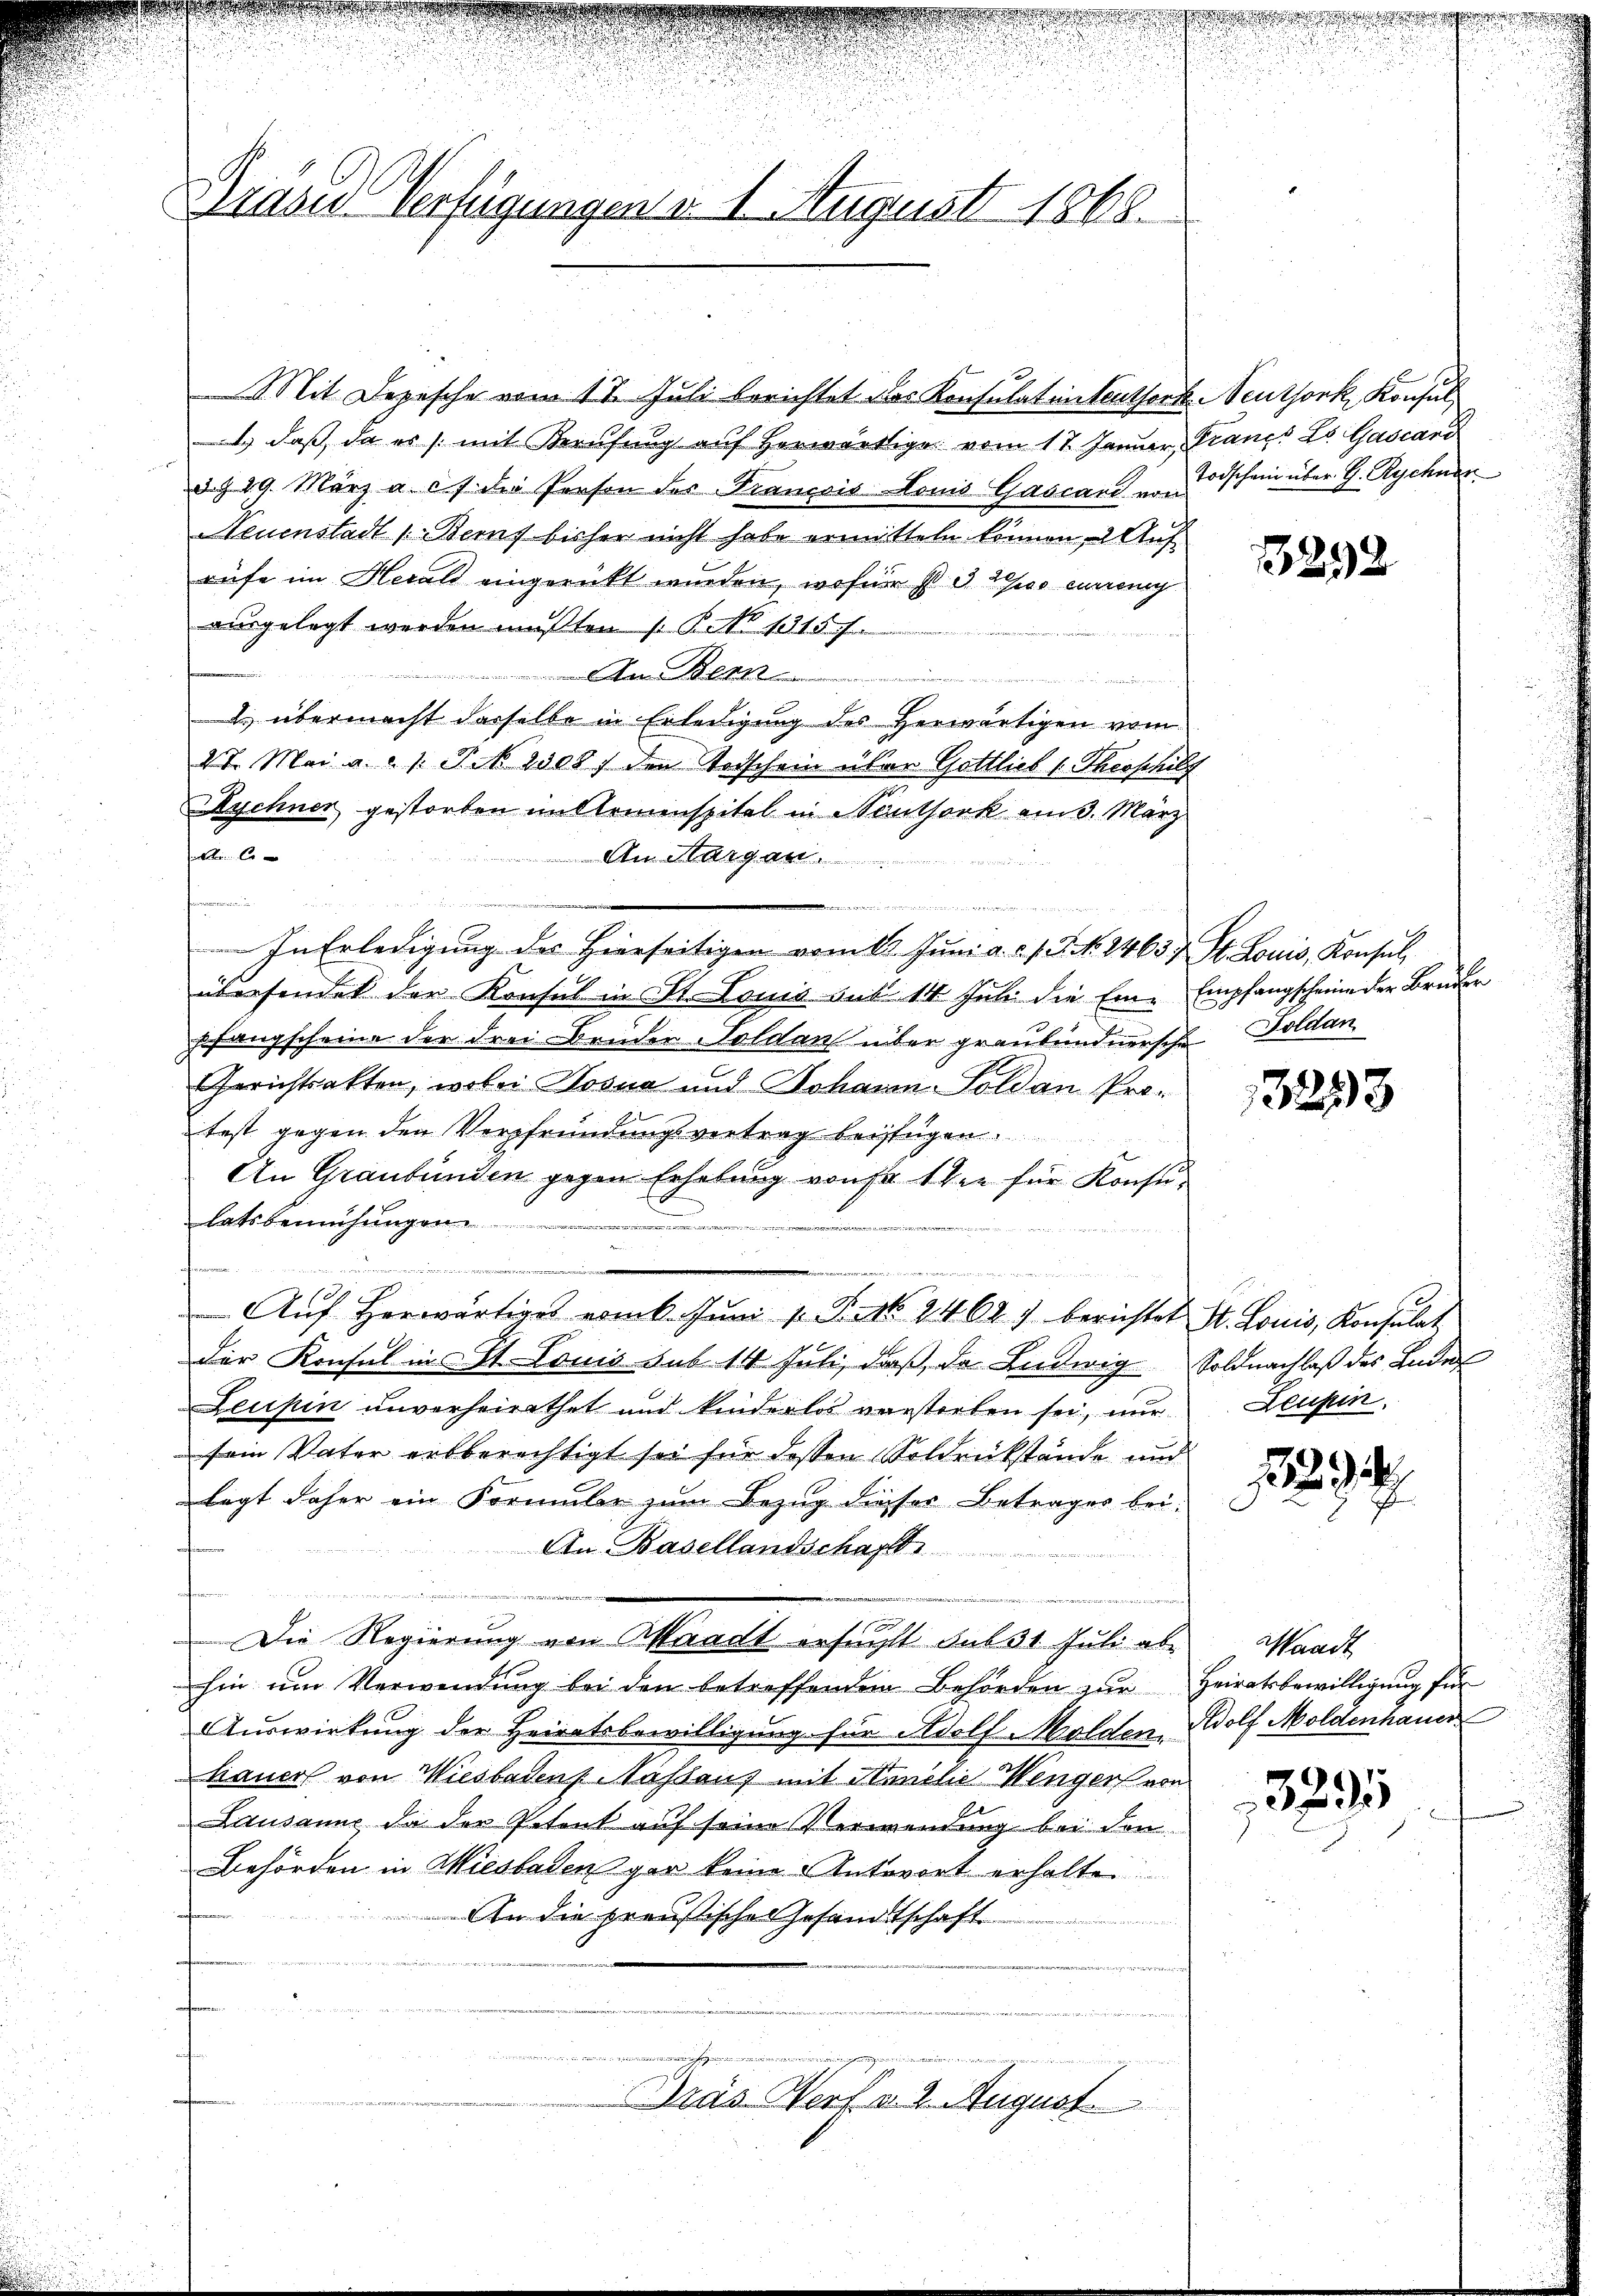
Gräses Verfügungen d. 1. August 1868

Mit Depesche vom 17. Juli berichtet das Konsulation teuthork Neuthork, Konsul
1.) daß, da es mit Berufung auf herwärtige vom 17. Januar, Franzs Ls Gascand
§§ 19. März a. c. die Person der Francois Louis Gascanz, u. schein über G. Rychner
Neuenstadt 1. Beruf bisher nicht habe ermitteln können.  Aufrufe im Herals eingerückt wurden, wofür ist 3 Le curreng
ausgelegt werden mußten (P.No 1315. J
 Am Blen
u
2 übermacht derselbe in Erledigung des Herwärtigen vom
2t. Mai a. a. 1. Frk. 2500 f den Todschein über Gottlieb (Theoshilf
Myschner gestorben in Armenspital in Sautsock am 3. März
 Co
An Margau
i

In Erledigung des Hierseitigen vom 16. Juni a. f. J. NNo. 14637. St. Louis, Konsul
übersendet der Konsul in St. Louis aus 14 Juli die Ein- Empfangscheine der Brüder
pfangscheine der drei Bruder Soldan über graubündnersche Goldan
Gerichtsakten, wobei Josua und Johann Soldau Protest gegen den Verpfründungsvertrag beifügen
An Graubünden gegen Erhebung von Fr. 1 der für Konsulats bemühung
.
ei
.
Aŭf herwärtiges vom k. Jŭni 1 S. 16. 2462) berichtet St. Louis, Konsulat
Der Konsul in St. Louis sub 14 Juli, daß da Ludwig Soldnachlaß des Laden
Leupin unverheirathet und kinderlos verstorben sei, nur Leubin
sein Vater erbberechtigt sei für dessen Soldrückstände und
legt daher ein Formule zum Bezug dieser Betrages bei:
An Basellandschaff
e
Die Regierung von Waadt ersucht sub 31 Juli aber Waadt
hin am Verwendung bei den betreffenden Behörden zŭr Heiratsbewilligŭng für
Auswirkung der Heiratsbewilligung für Adolf Molden, Wolf Moldenhauer
hauer von Wiesbaden Nassaus mit Annelie Wenger von
Lausanne da der Petent auf seine Verwendung bei den
Behörden in Wiesbaden gar keine Antwort erhalte
An die preußisches Gesandtschaft
1854

e
 d
Dräs Worf v. 2. August.

125 x

13293

2
7

3291

.